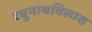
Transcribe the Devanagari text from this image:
रघुनाथविलास